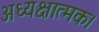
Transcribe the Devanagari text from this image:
अध्यक्षात्मक।